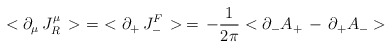
\begin{align*}<\partial_\mu\, J_R^\mu\, >\,\,=\,\,<\partial_+\, J_-^F\, >\,=\,- {1\over{ 2\pi }} < \partial_- A_+ \,-\,\partial_+ A_- >\end{align*}